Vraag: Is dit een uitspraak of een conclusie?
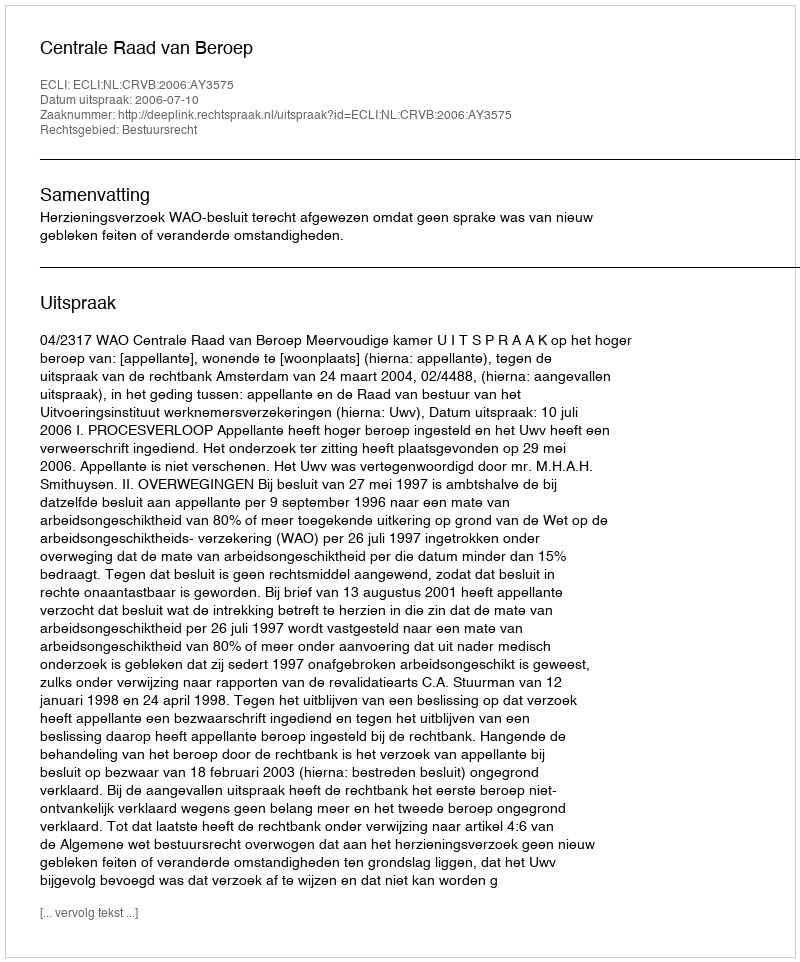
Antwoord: Uitspraak